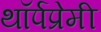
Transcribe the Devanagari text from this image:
थॉर्पप्रेमी